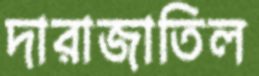
দারাজাতিল